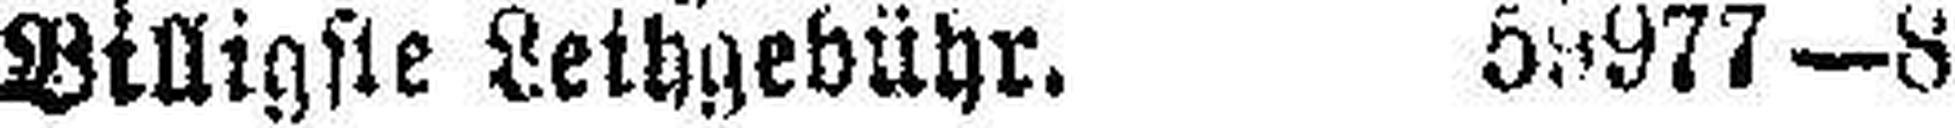
Billigste Leihgebühr. 59977—8